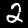
Label: 2